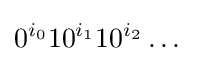
0^{i_{0}}10^{i_{1}}10^{i_{2}}\dots